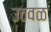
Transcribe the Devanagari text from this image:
उठवळ